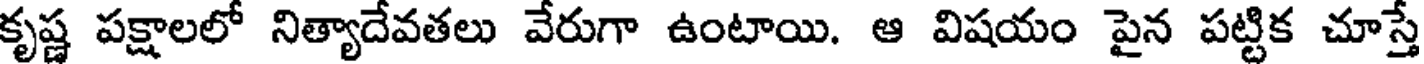
కృష్ణ పక్షాలలో నిత్యాదేవతలు వేరుగా ఉంటాయి. ఆ విషయం పైన పట్టిక చూస్తే